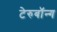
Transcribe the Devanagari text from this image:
टेरुबॉन्ग